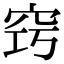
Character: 窍